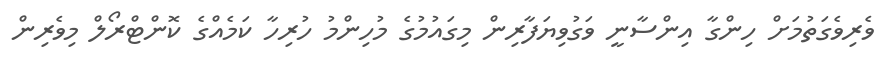
ވެރިވެގަތުމަށް ހިންގާ އިންސާނީ ވަގުވިޔަފާރިން މިގައުމުގެ މުހިންމު ހުރިހާ ކަމެއްގެ ކޮންޓްރޯލް މިވެރިން